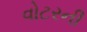
વોટરની